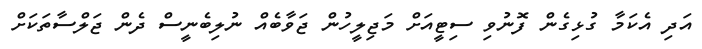
އަދި އެކަމާ ގުޅިގެން ފޮނުވި ސިޓީއަށް މަޖިލީހުން ޖަވާބެއް ނުލިބެނީސް ދެން ޖަލްސާތަކަށް